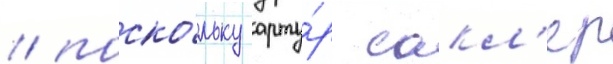
/ поско́льку арту́р сакл'ер